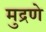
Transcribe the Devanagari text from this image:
मुद्रणे